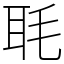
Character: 毦